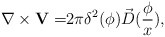
\begin{align*}\nabla \times {\bf V=}2\pi \delta ^2({\bf \phi })\vec D(\frac \phi x),\end{align*}